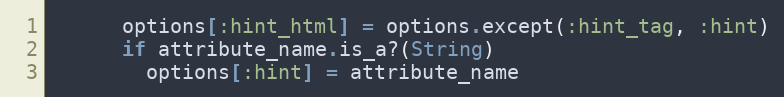
Language: Ruby
      options[:hint_html] = options.except(:hint_tag, :hint)
      if attribute_name.is_a?(String)
        options[:hint] = attribute_name